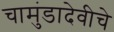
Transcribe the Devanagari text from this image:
चामुंडादेवीचे